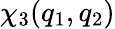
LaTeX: \chi_{3}(q_{1},q_{2})